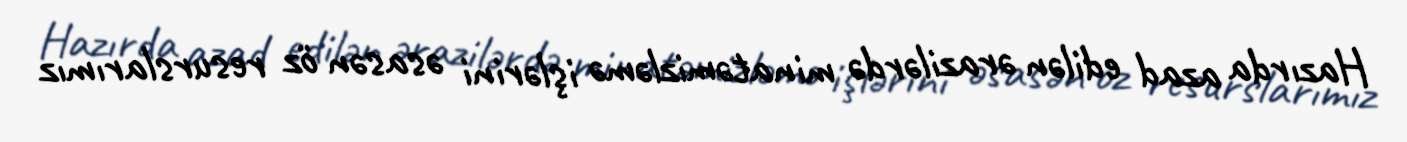
Hazırda azad edilən ərazilərdə minatəmizləmə işlərini əsasən öz resurslarımız